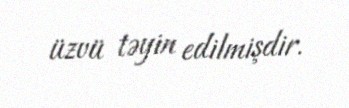
üzvü təyin edilmişdir.